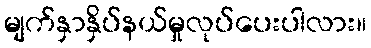
မျက်နှာနှိပ်နယ်မှုလုပ်ပေးပါလား။